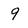
Character: 9